Leaving Certificate Examination, 1924
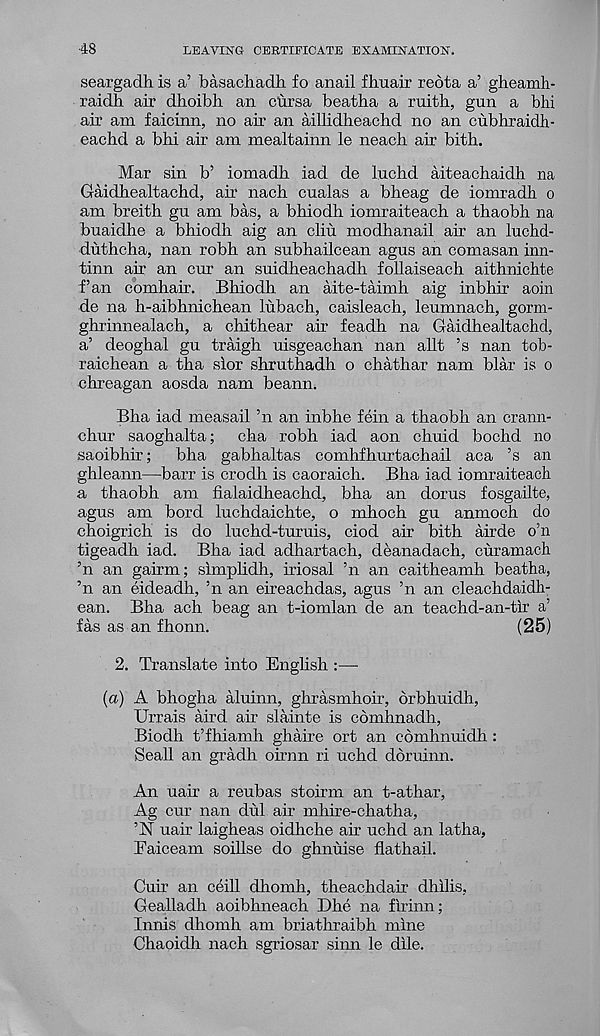
48
LEAVING CERTIFICATE EXAMINATION.
seargadh is a’ basachadh fo anail fliuair reota a’ gheamh-
raidh air dhoibh an cursa beatha a ruith, gun a bhi
air am faicinn, no air an aillidheachd no an cubhraidh-
eachd a bhi air am mealtainn le neach air bith.
Mar sin b’ iomadh iad do luchd aiteachaidh na
Gaidhealtachd, air nach cualas a bheag de iomradh o
am breith gu am bas, a bhiodh iomraiteach a thaobh na
buaidhe a bhiodh aig an elm modhanail air an luchd-
duthcha, nan robh an subhailcean agus an comasan inn-
tinn air an cur an suidheachadh follaiseach aithnichte
fan comhair. Bhiodh an aite-taimh aig inbhir aoin
de na h-aibhnichean lubach, caisleach, leumnach, gorm-
ghrinnealach, a chithear air feadh na Gaidhealtachd,
a’ deoghal gu traigh uisgeachan nan allt ’s nan tob-
raichean a tha slor shruthadh o chathar nam blar is o
chreagan aosda nam beann.
Bha iad measail ’n an inbhe fein a thaobh an crann-
chur saoghalta; cha robh iad aon chuid bochd no
saoibhir;
bha gabhaltas comhfhurtachail aca ’s an
ghleann—barr is crodh is caoraich. Bha iad iomraiteach
a thaobh am fialaidheachd, bha an dorus fosgailte,
agus am bord luchdaichte, o mhoch gu anmoch do
choigrich is do luchd-turuis, ciod air bith airde o’n
tigeadh iad. Bha iad adhartach, deanadach, curamach
’n an gairm; slmplidh, iriosal ’n an caitheamh beatha,
’n an eideadh, ’n an eireachdas, agus ’n an cleachdaidh-
ean. Bha ach beag an t-iomlan de an teachd-an-tir a’
fas as an fhonn.
(25)
2. Translate into English :—-
(a) A bhogha aluinn, ghrasmhoir, orbhuidh,
Urrais aird air slainte is cdmhnadh,
Biodh t’fhiamh ghaire ort an cdmhnuidh :
Seall an gradh oirnn ri uchd doruinn.
An uair a reubas stoirm an t-athar,
Ag cur nan dul air mhire-chatha,
’N uair laigheas oidhche air uchd an latha,
Eaiceam soillse do ghnuise flathail.
Cuir an ceill dliomh, theachdair dhllis,
Gealladh aoibhneach Dhe na flrinn;
Innis dhomh am briathraibh mine
Chaoidh nach sgriosar sinn le dile.